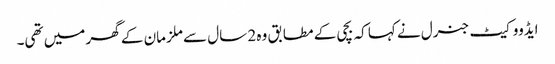
ایڈووکیٹ جنرل نے کہا کہ بچی کے مطابق وہ 2 سال سے ملزمان کے گھر میں تھی۔